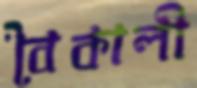
বৈকালী